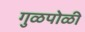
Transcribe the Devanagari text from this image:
गुळपोळी